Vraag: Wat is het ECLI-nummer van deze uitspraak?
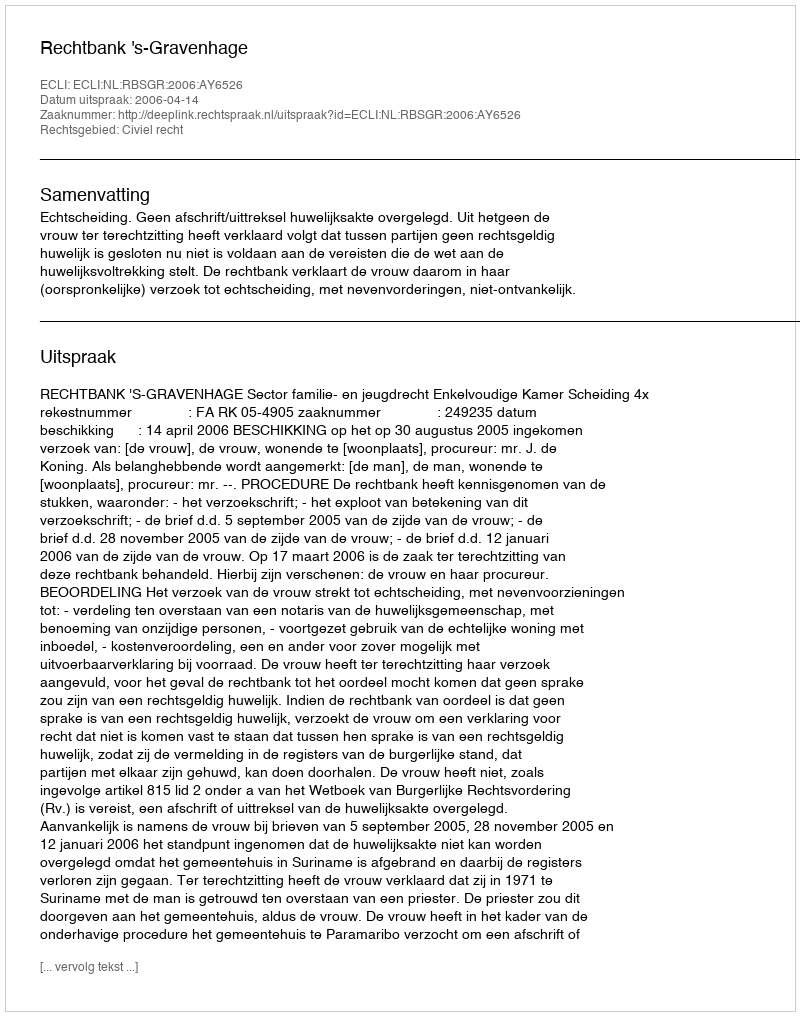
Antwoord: ECLI:NL:RBSGR:2006:AY6526